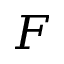
F